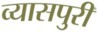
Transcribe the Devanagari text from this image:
व्यासपुरी